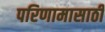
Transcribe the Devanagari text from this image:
परिणामासाठी